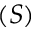
( S )